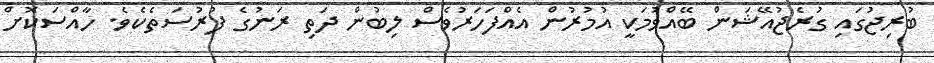
ބުރިޖުގައި ގުރެޖުއޭޝަން ބޭއްވުމަކީ އުމުރުން އެއްފަހަރުވެސް ލިބުން ދަތި ރަނުގެ ފުރުސަތެކެވެ. ހާއްސަކޮށް